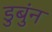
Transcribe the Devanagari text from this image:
डुबुंन